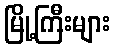
မြို့ကြီးများ